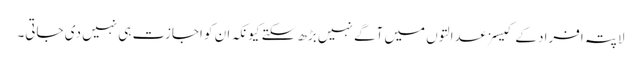
لاپتہ افراد کے کیسز عدالتوں میں آگے نہیں بڑھ سکتے کیونکہ ان کو اجازت ہی نہیں دی جاتی۔